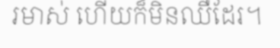
រមាស់ ហើយក៏មិនឈឺដែរ។